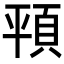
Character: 𩑳